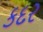
કદર